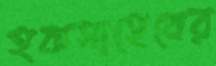
হকসাহেবের